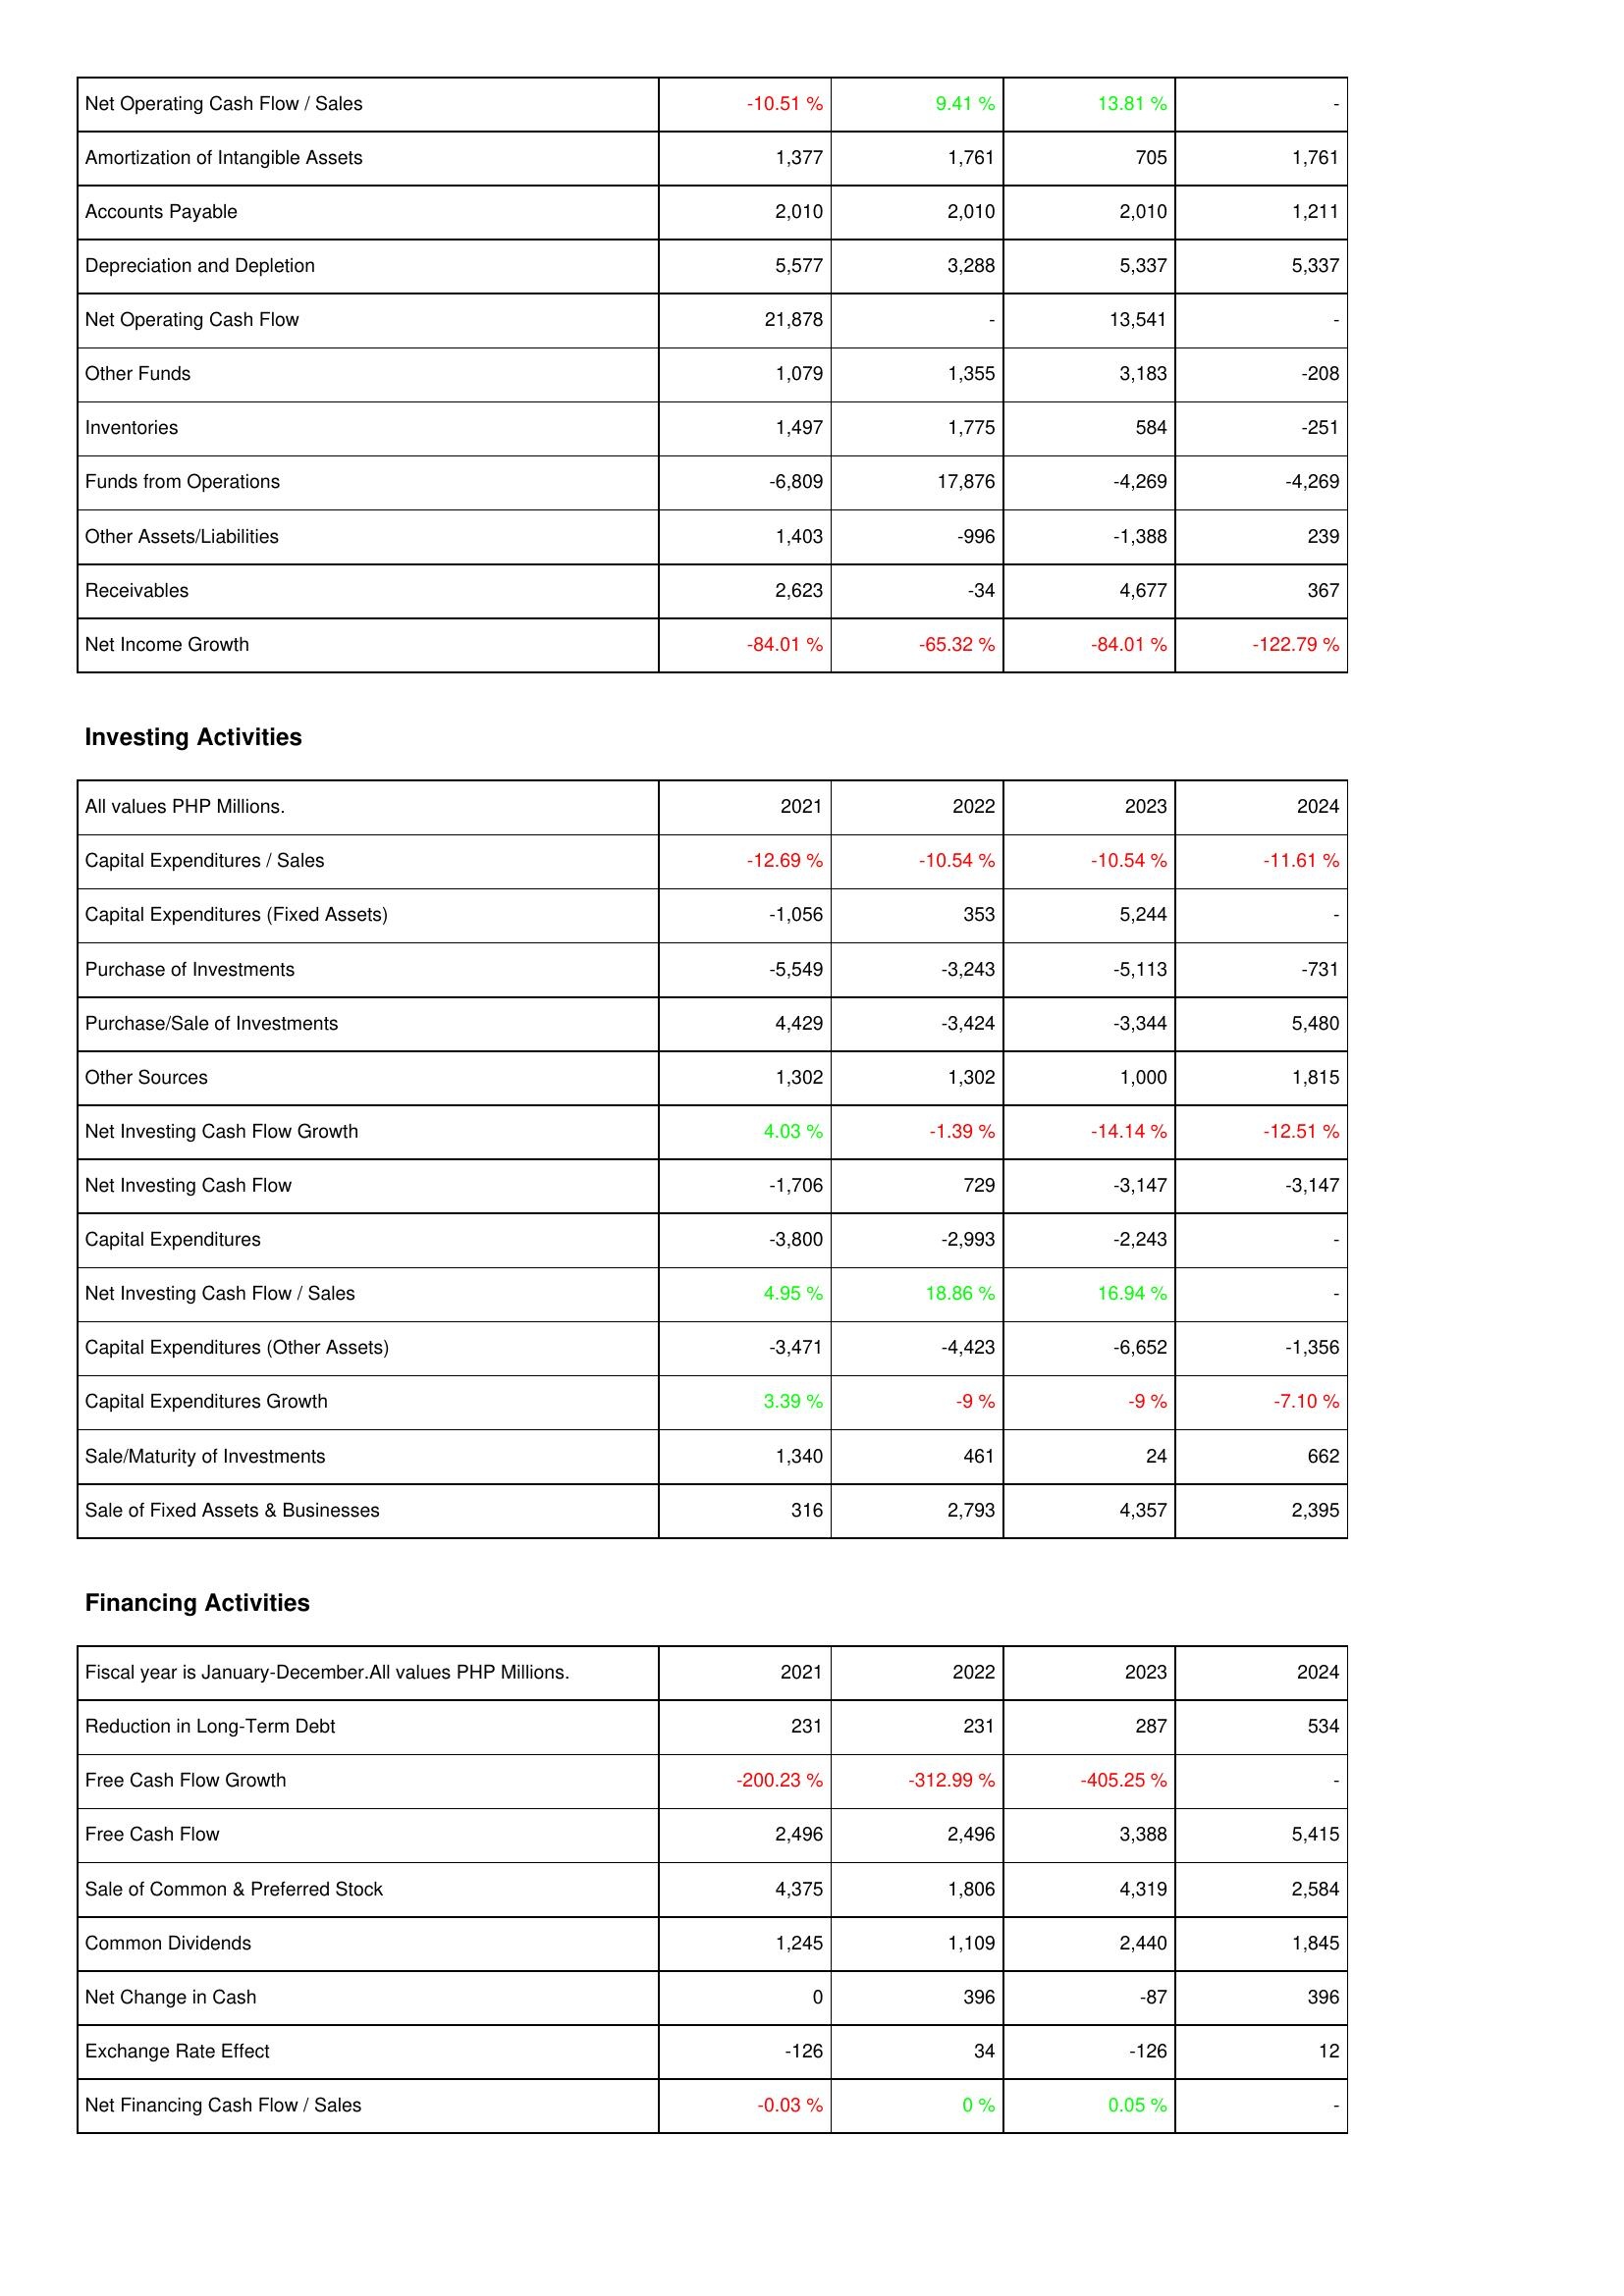
2021: Operating Activities: Net Operating Cash Flow / Sales: -10.51 %
Amortization of Intangible Assets: 1,377
Accounts Payable: 2,010
Depreciation and Depletion: 5,577
Net Operating Cash Flow: 21,878
Other Funds: 1,079
Inventories: 1,497
Funds from Operations: -6,809
Other Assets/Liabilities: 1,403
Receivables: 2,623
Net Income Growth: -84.01 %
Investing Activities: Capital Expenditures / Sales: -12.69 %
Capital Expenditures (Fixed Assets): -1,056
Purchase of Investments: -5,549
Purchase/Sale of Investments: 4,429
Other Sources: 1,302
Net Investing Cash Flow Growth: 4.03 %
Net Investing Cash Flow: -1,706
Capital Expenditures: -3,800
Net Investing Cash Flow / Sales: 4.95 %
Capital Expenditures (Other Assets): -3,471
Capital Expenditures Growth: 3.39 %
Sale/Maturity of Investments: 1,340
Sale of Fixed Assets & Businesses: 316
Financing Activities: Reduction in Long-Term Debt: 231
Free Cash Flow Growth: -200.23 %
Free Cash Flow: 2,496
Sale of Common & Preferred Stock: 4,375
Common Dividends: 1,245
Net Change in Cash: 0
Exchange Rate Effect: -126
Net Financing Cash Flow / Sales: -0.03 %
2022: Operating Activities: Net Operating Cash Flow / Sales: 9.41 %
Amortization of Intangible Assets: 1,761
Accounts Payable: 2,010
Depreciation and Depletion: 3,288
Net Operating Cash Flow: -
Other Funds: 1,355
Inventories: 1,775
Funds from Operations: 17,876
Other Assets/Liabilities: -996
Receivables: -34
Net Income Growth: -65.32 %
Investing Activities: Capital Expenditures / Sales: -10.54 %
Capital Expenditures (Fixed Assets): 353
Purchase of Investments: -3,243
Purchase/Sale of Investments: -3,424
Other Sources: 1,302
Net Investing Cash Flow Growth: -1.39 %
Net Investing Cash Flow: 729
Capital Expenditures: -2,993
Net Investing Cash Flow / Sales: 18.86 %
Capital Expenditures (Other Assets): -4,423
Capital Expenditures Growth: -9 %
Sale/Maturity of Investments: 461
Sale of Fixed Assets & Businesses: 2,793
Financing Activities: Reduction in Long-Term Debt: 231
Free Cash Flow Growth: -312.99 %
Free Cash Flow: 2,496
Sale of Common & Preferred Stock: 1,806
Common Dividends: 1,109
Net Change in Cash: 396
Exchange Rate Effect: 34
Net Financing Cash Flow / Sales: 0 %
2023: Operating Activities: Net Operating Cash Flow / Sales: 13.81 %
Amortization of Intangible Assets: 705
Accounts Payable: 2,010
Depreciation and Depletion: 5,337
Net Operating Cash Flow: 13,541
Other Funds: 3,183
Inventories: 584
Funds from Operations: -4,269
Other Assets/Liabilities: -1,388
Receivables: 4,677
Net Income Growth: -84.01 %
Investing Activities: Capital Expenditures / Sales: -10.54 %
Capital Expenditures (Fixed Assets): 5,244
Purchase of Investments: -5,113
Purchase/Sale of Investments: -3,344
Other Sources: 1,000
Net Investing Cash Flow Growth: -14.14 %
Net Investing Cash Flow: -3,147
Capital Expenditures: -2,243
Net Investing Cash Flow / Sales: 16.94 %
Capital Expenditures (Other Assets): -6,652
Capital Expenditures Growth: -9 %
Sale/Maturity of Investments: 24
Sale of Fixed Assets & Businesses: 4,357
Financing Activities: Reduction in Long-Term Debt: 287
Free Cash Flow Growth: -405.25 %
Free Cash Flow: 3,388
Sale of Common & Preferred Stock: 4,319
Common Dividends: 2,440
Net Change in Cash: -87
Exchange Rate Effect: -126
Net Financing Cash Flow / Sales: 0.05 %
2024: Operating Activities: Net Operating Cash Flow / Sales: -
Amortization of Intangible Assets: 1,761
Accounts Payable: 1,211
Depreciation and Depletion: 5,337
Net Operating Cash Flow: -
Other Funds: -208
Inventories: -251
Funds from Operations: -4,269
Other Assets/Liabilities: 239
Receivables: 367
Net Income Growth: -122.79 %
Investing Activities: Capital Expenditures / Sales: -11.61 %
Capital Expenditures (Fixed Assets): -
Purchase of Investments: -731
Purchase/Sale of Investments: 5,480
Other Sources: 1,815
Net Investing Cash Flow Growth: -12.51 %
Net Investing Cash Flow: -3,147
Capital Expenditures: -
Net Investing Cash Flow / Sales: -
Capital Expenditures (Other Assets): -1,356
Capital Expenditures Growth: -7.10 %
Sale/Maturity of Investments: 662
Sale of Fixed Assets & Businesses: 2,395
Financing Activities: Reduction in Long-Term Debt: 534
Free Cash Flow Growth: -
Free Cash Flow: 5,415
Sale of Common & Preferred Stock: 2,584
Common Dividends: 1,845
Net Change in Cash: 396
Exchange Rate Effect: 12
Net Financing Cash Flow / Sales: -